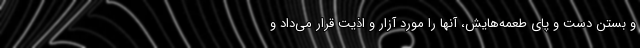
و بستن دست و پای طعمه‌هایش، آنها را مورد آزار و اذیت قرار می‌داد و